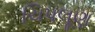
ચિપલૂણ